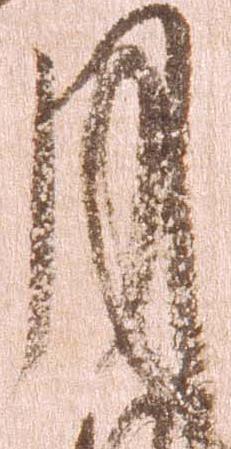
月